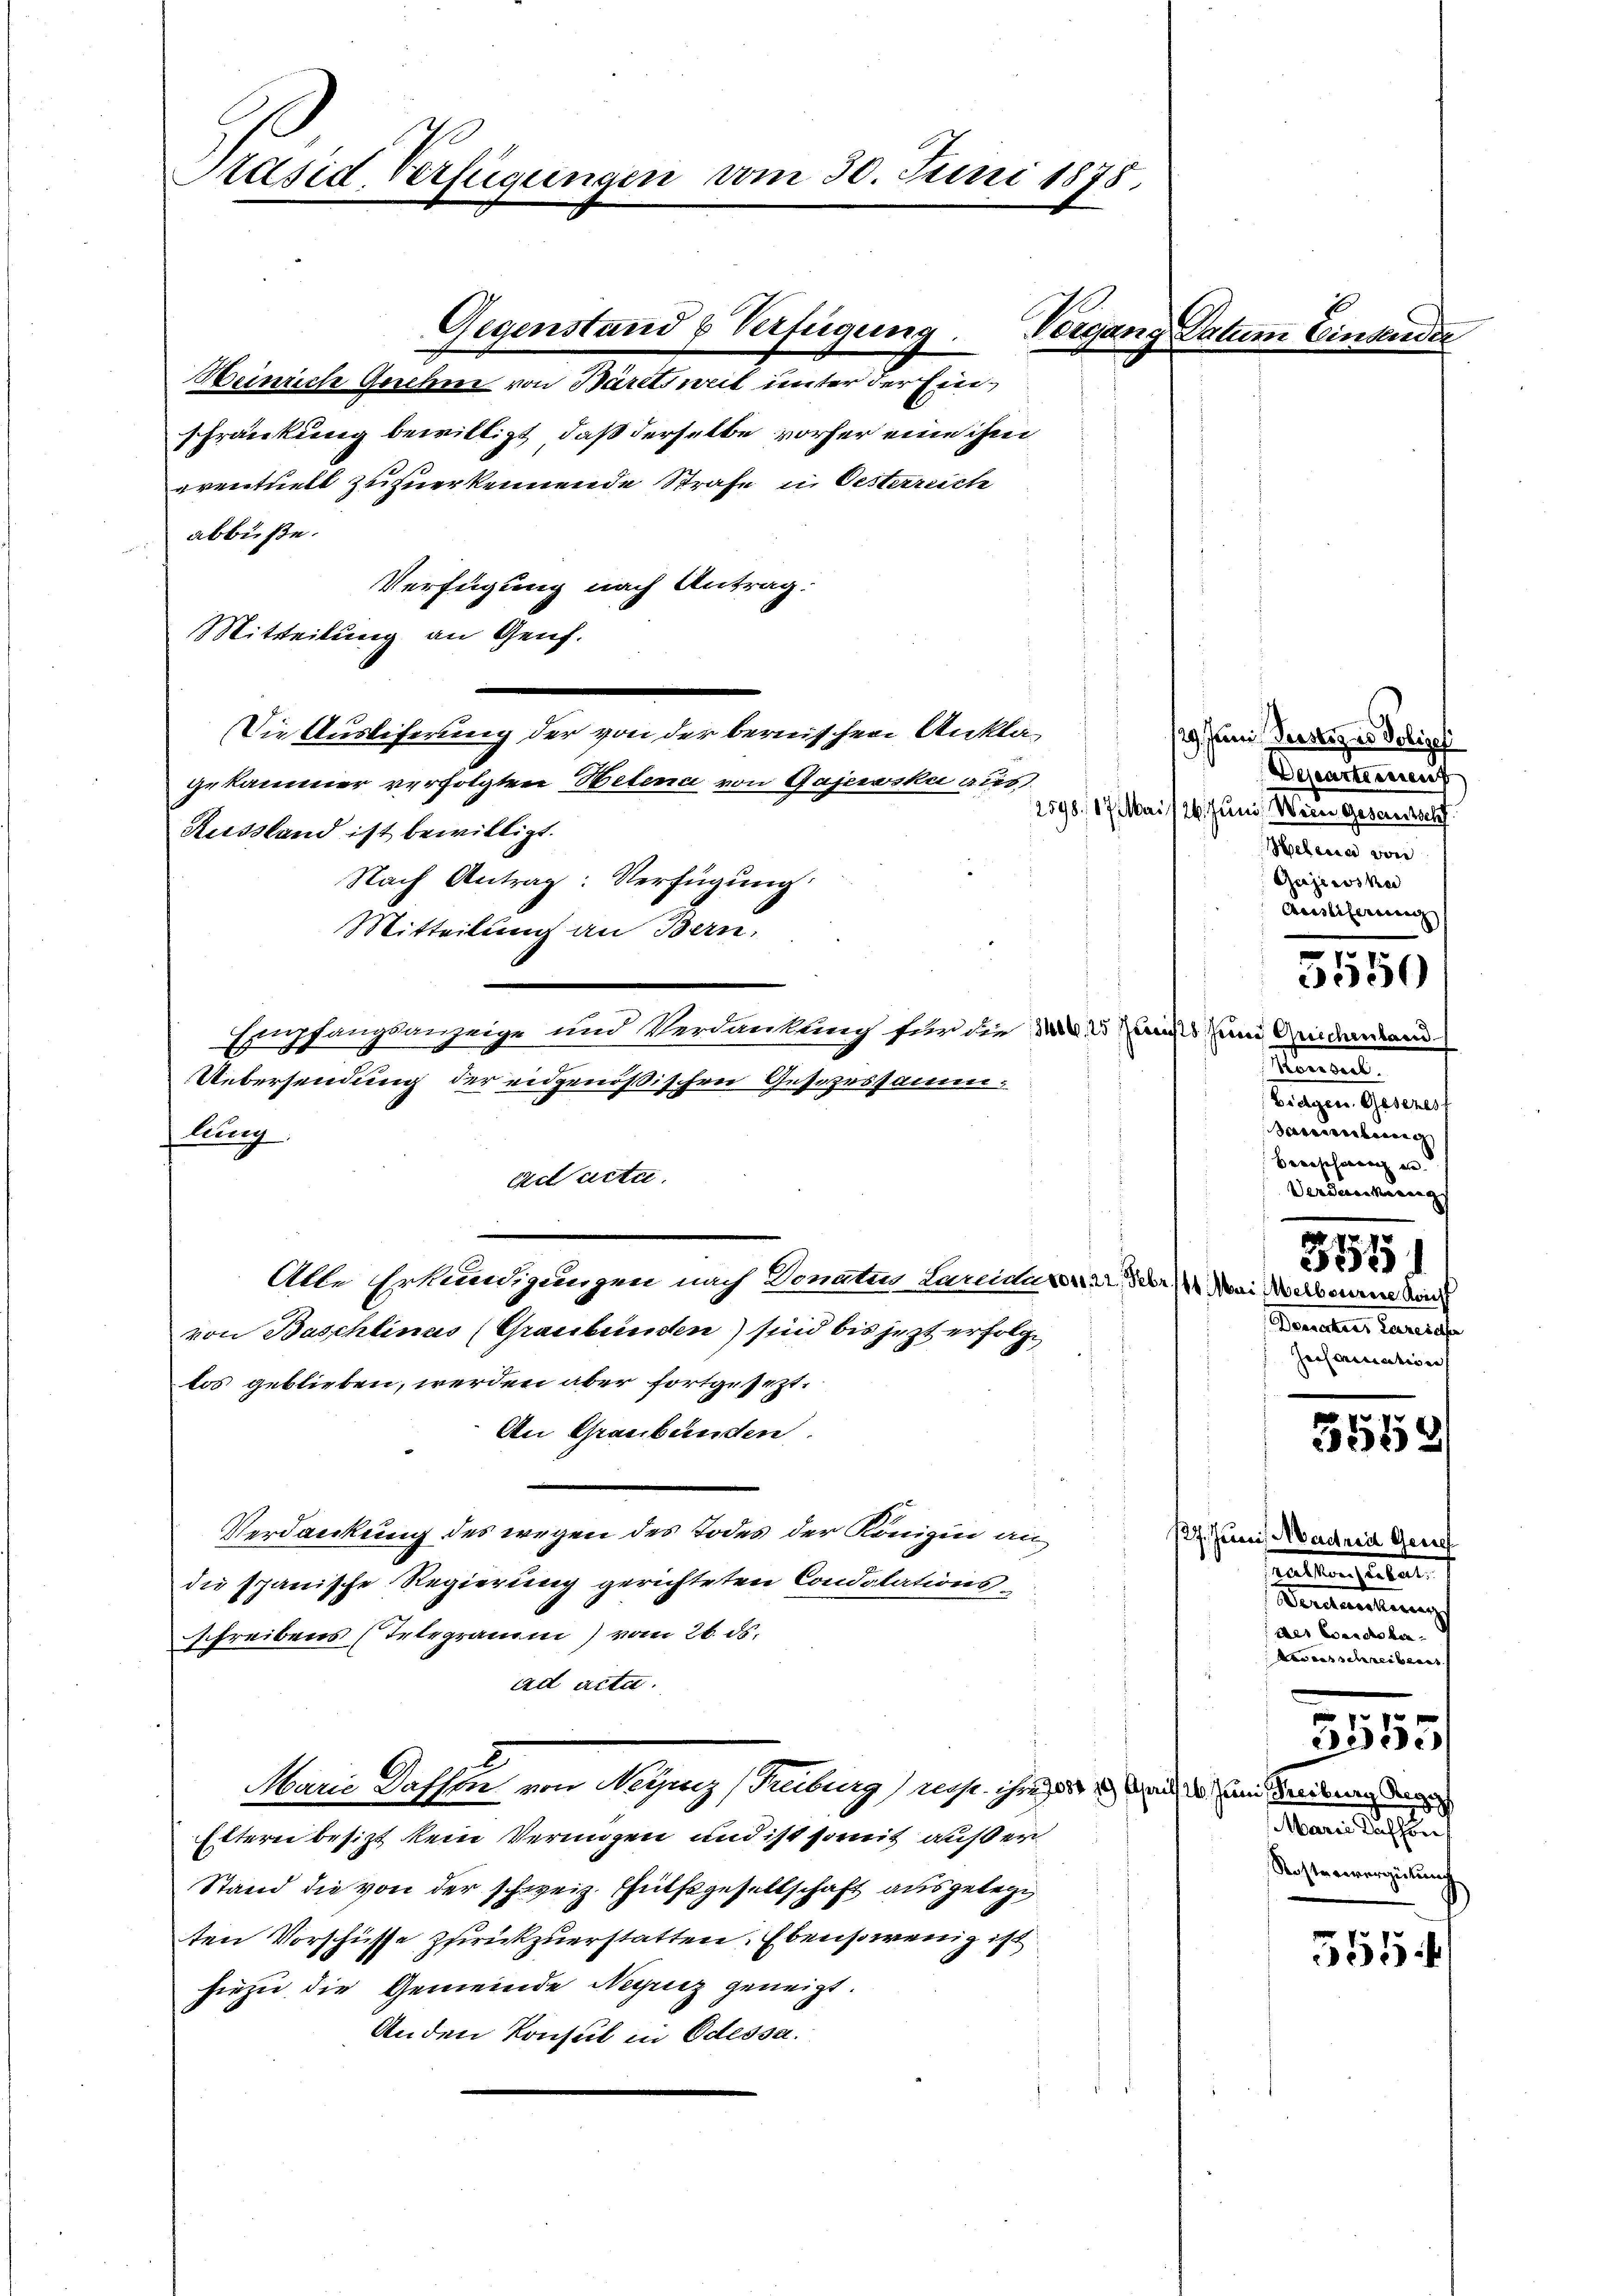
Präsid. Verfügungen vom 30. Juni 1878.

Heinrich Genehme von Bäretsweil unter der Einschränkung bewilligt, daß derselbe vorher eine ihm
eventuell zuzuerkennende Strafe in Oestersich
abbüße.
Verfügung nach Antrag:
Mitteilung an Genf.
Russland ist bewilligt.
lurg
ad acta.
Alle Erkundigungen nach Donatur Larcida von 22. Febr. /. Mai Melbourne bei
von Baschlinas (Graubünden) sind bis jezt erfolge
los geblieben, werden aber fortgesezt.
An Graubünden.
Verdankung des wegen des Todes der Königin andie spanische Regierung gerichteten Condolations-
schreibens Telegramm) vom 26. ds.
ad acta.
Marie Kassen von Negung (Treiburg, Most, ihrer in die es sein werdenen den
Eltern besizt kein Vermögen und ist somit außer
Stand die von der schweiz. Hülfsgesellschaft ausgelegt
ten Vorschüsse zurückzuerstatten. Ebenso wenig ist
hiezu die Gemeinde Neguiz geneigt.
Anden Konsul in Odessa.

Die Auslieferung der von der bernischen Anklä¬

Gegenstand u Verfügung.
.

gekammer verfolgten Helena von Gajervski aus,
Nach Antrag: Verfügŭng:
Mitteilung an Bern,
Uebersendung der eidgenößischen Gesezessamen¬

Empfangsanzeige und Verdankung für die d. 2 ists und Gedenkend

Vorgang Datum Eindern

29. Juni Verstiz is Polizei
Deseartement
1598. 17. Mai 18. Juni, Wein gestandelt.
Helena von
Gujewske
Ainstiferung

ttment
Eidgen. Gesezes
dareilung
Berechen en
Verdankung
.
2
252)
Dorates Parische
Jessorisation

127. Juni, Madrei Gerich
aalien seitet
Bedeutung
Aer wird ver¬
Aarausschreibens
3555
Manie Nachlauch
Kastenvergütung

5550

5548

551